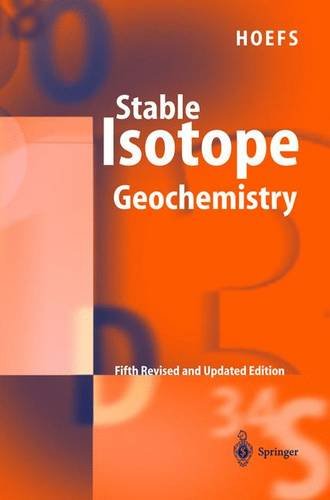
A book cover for Stable Isotope Geochemistry; Jochen Hoefs; Science & Math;